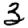
Digit: 3